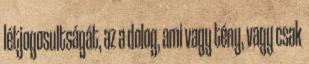
létjogosultságát, az a dolog, ami vagy tény, vagy csak